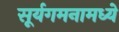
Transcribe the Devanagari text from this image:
सूर्यगमनामध्ये